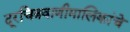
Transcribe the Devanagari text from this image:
दूरचित्रवाणीमालिकांचे